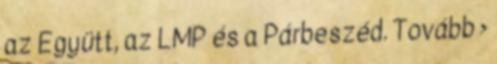
az Együtt, az LMP és a Párbeszéd. Tovább ›